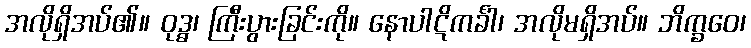
အလိုရှိအပ်၏။ ဝုဒ္ဓ၊ ကြီးပွားခြင်းကို။ နောပါဋိကင်္ခါ၊ အလိုမရှိအပ်။ ဘိက္ခဝေ၊